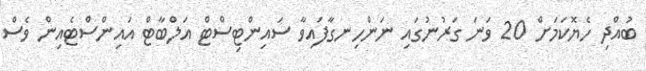
ބުއްދި ހެޔޮކަމަށް 20 ވަނަ ގަރުނުގައި ނަންހިނގާފައިވާ ސައިންޓިސްޓް އަލްބާޓް އައިންސްޓެއިން ވެސް